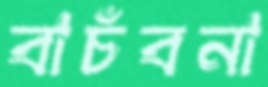
বাচঁবনা